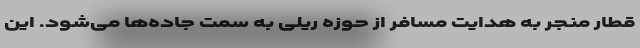
قطار منجر به هدایت مسافر از حوزه ریلی به سمت جاده‌ها می‌شود. این